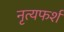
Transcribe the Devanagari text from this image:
नृत्यफर्श